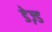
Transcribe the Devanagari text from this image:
डेज़्ड